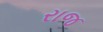
રાજ